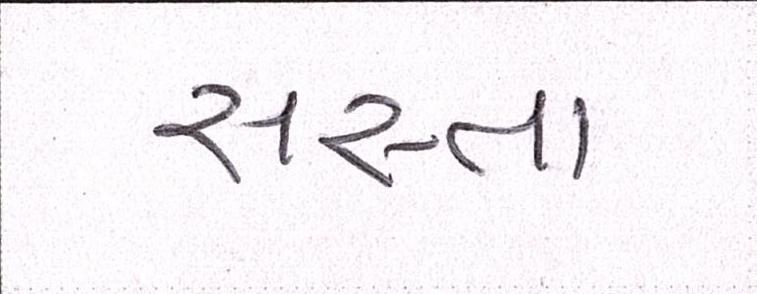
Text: સસ્તા